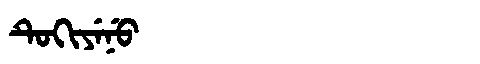
Manchu: ᡨᡠᡴᡳᠶᡝᠨᡠ
Romanization: TUKIYENU